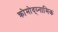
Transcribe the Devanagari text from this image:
क्रोमोद्य्नामिक